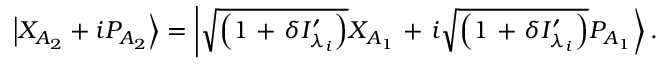
\left| { X } _ { A _ { 2 } } + i { P } _ { A _ { 2 } } \right\rangle = \left| \sqrt { \left( 1 \mathrm { ~ + ~ } \delta { { I } _ { { \lambda _ { i } } } ^ { \prime } } \right) } { { X } _ { A _ { 1 } } } \mathrm { ~ + ~ } i \sqrt { \left( 1 \mathrm { ~ + ~ } \delta { { I } _ { { \lambda _ { i } } } ^ { \prime } } \right) } { { P } _ { A _ { 1 } } } \right\rangle .